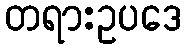
တရားဥပဒေ